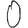
Digit: 0